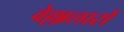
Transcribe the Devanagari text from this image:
वेल्लालारों